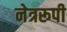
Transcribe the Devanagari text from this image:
नेत्ररूपी